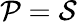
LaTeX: \mathcal P=\mathcal S